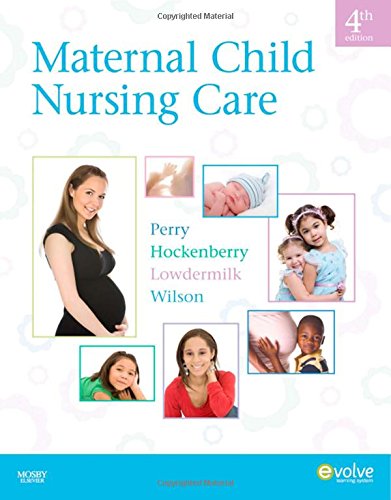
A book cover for Maternal Child Nursing Care, 4e; Shannon E. Perry RN  PhD  FAAN; Medical Books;